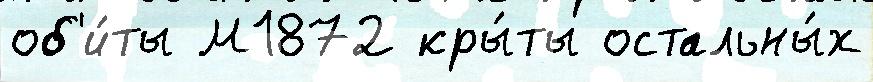
об'и́ты М1872 кры́ты остальны́х